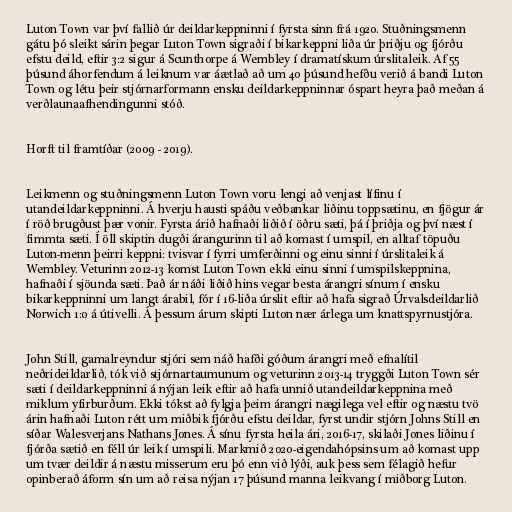
Luton Town var því fallið úr deildarkeppninni í fyrsta sinn frá 1920. Stuðningsmenn
gátu þó sleikt sárin þegar Luton Town sigraði í bikarkeppni liða úr þriðju og fjórðu
efstu deild, eftir 3:2 sigur á Scunthorpe á Wembley í dramatískum úrslitaleik. Af 55
þúsund áhorfendum á leiknum var áætlað að um 40 þúsund hefðu verið á bandi Luton
Town og létu þeir stjórnarformann ensku deildarkeppninnar óspart heyra það meðan á
verðlaunaafhendingunni stóð.

Horft til framtíðar (2009 - 2019).

Leikmenn og stuðningsmenn Luton Town voru lengi að venjast lífinu í
utandeildarkeppninni. Á hverju hausti spáðu veðbankar liðinu toppsætinu, en fjögur ár
í röð brugðust þær vonir. Fyrsta árið hafnaði liðið í öðru sæti, þá í þriðja og því næst í
fimmta sæti. Í öll skiptin dugði árangurinn til að komast í umspil, en alltaf töpuðu
Luton-menn þeirri keppni: tvisvar í fyrri umferðinni og einu sinni í úrslitaleik á
Wembley. Veturinn 2012-13 komst Luton Town ekki einu sinni í umspilskeppnina,
hafnaði í sjöunda sæti. Það ár náði liðið hins vegar besta árangri sínum í ensku
bikarkeppninni um langt árabil, fór í 16-liða úrslit eftir að hafa sigrað Úrvalsdeildarlið
Norwich 1:0 á útivelli. Á þessum árum skipti Luton nær árlega um knattspyrnustjóra.

John Still, gamalreyndur stjóri sem náð hafði góðum árangri með efnalítil
neðrideildarlið, tók við stjórnartaumunum og veturinn 2013-14 tryggði Luton Town sér
sæti í deildarkeppninni á nýjan leik eftir að hafa unnið utandeildarkeppnina með
miklum yfirburðum. Ekki tókst að fylgja þeim árangri nægilega vel eftir og næstu tvö
árin hafnaði Luton rétt um miðbik fjórðu efstu deildar, fyrst undir stjórn Johns Still en
síðar Walesverjans Nathans Jones. Á sínu fyrsta heila ári, 2016-17, skilaði Jones liðinu í
fjórða sætið en féll úr leik í umspili. Markmið 2020-eigendahópsins um að komast upp
um tvær deildir á næstu misserum eru þó enn við lýði, auk þess sem félagið hefur
opinberað áform sín um að reisa nýjan 17 þúsund manna leikvang í miðborg Luton.